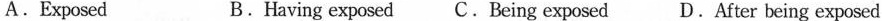
A.Exposed B.Having exposed C.Being exposed D.After being exposed